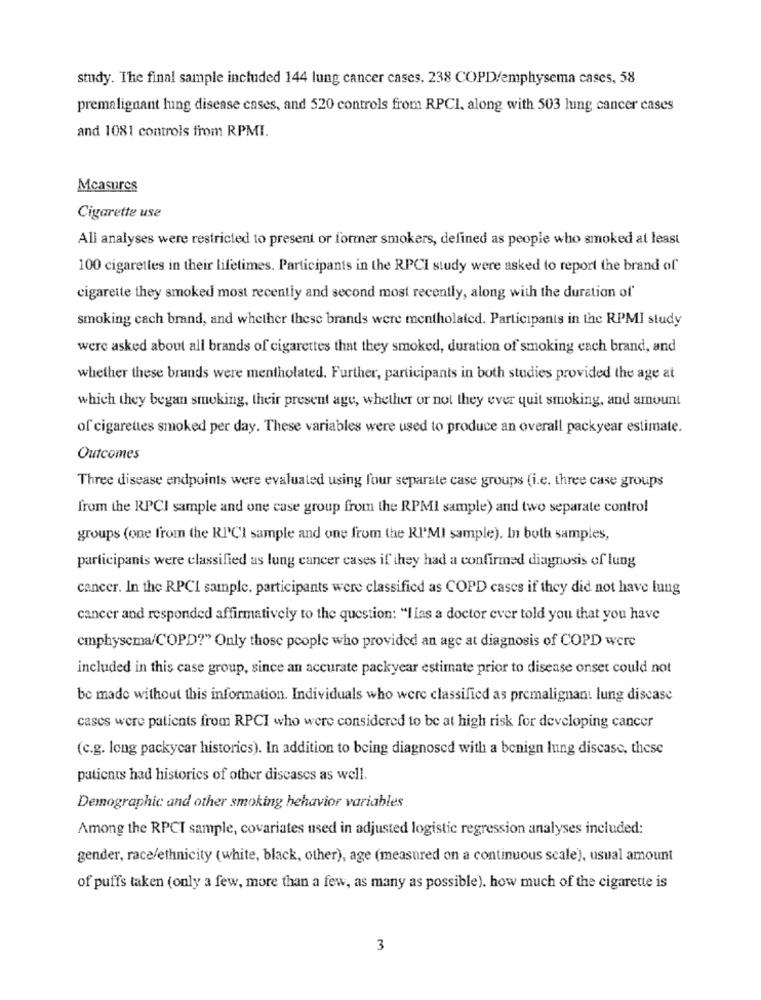
study. The final sample included 144 lung cancer cases, 238 COPD/emphysema cases, 58
premalignant lung disease cases, and 520 controls from RPCI, along with 503 lung cancer cases
and 1081 controls from RPMI.
Mcasures
Cigarette use
All analyses were restricted to present or former smokers, defined as people who smoked at least
100 cigarettes in their lifetimes. Participants in the RPCI study were asked to report the brand of'
cigarette they smoked most recently and second most recently, along with the duration of'
smoking cach brand, and whether these brands were mentholated. Participants in the RPMI study
were asked about all brands of cigarettes that they smoked, duration of smoking each brand, and
whether these brands were mentholated. Further, participants in both studies provided the age at
which they began smoking, their present age, whether or not they ever quit smoking, and amount
of cigarettes smoked per day. These variables were used to produce an overall packyear estimate.
Outcomes
Three disease endpoints were evaluated using four separate case groups (i.e. three case groups
from the RPCI sample and one case group from the RPMI sample) and two separate control
groups (one from the RICI sample and one from the KI'MI sample). In both samples,
participants were classified as lung cancer cases if they had a confirmed diagnosis of lung
cancer. In the RPCI sample, participants were classified as COPD cases if they did not have lung
cancer and responded affirmatively to the question: "Ilas a doctor ever told you that you have
cmphyscma/COPD?" Only those people who provided an age at diagnosis of COPD were
included in this case group, since an accurate packyear estimate prior to disease onset could not
be made without this information. Individuals who were classified as premalignant lung discase
cases were patients from RPCI who were considered to be at high risk for developing cancer
(c.g. long packycar historics). In addition to being diagnosed with a benign lung disease, these
patients had historics of other diseases as well.
Demographic and other smoking behavior variables
Among the RPCI sample, covariates used in adjusted logistic regression analyses included:
gender, race/ethnicity (white, black, other), age (measured on a continuous scale), usual amount
of puffs taken (only a few, more than a few, as many as possible). how much of the cigarette is
3